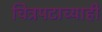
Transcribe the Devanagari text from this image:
चित्रपटाच्याही